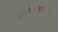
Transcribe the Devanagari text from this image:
लुईझियानादरम्यान